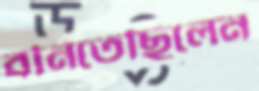
বনিতেছিলেন